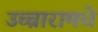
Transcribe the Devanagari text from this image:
उच्चारामधे